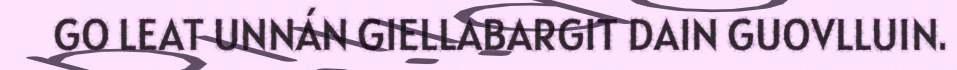
GO LEAT UNNÁN GIELLABARGIT DAIN GUOVLLUIN.